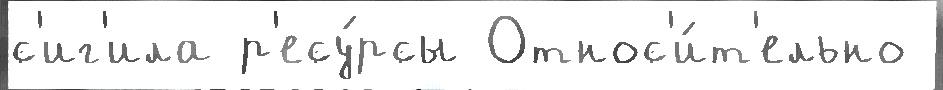
с'иг'ила р'есу́рсы Относ'и́т'ельно